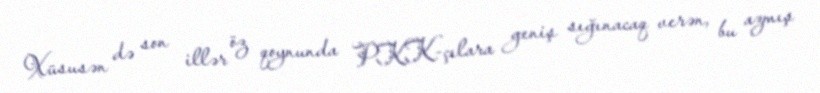
Xüsusən də son illər öz qoynunda PKK-çılara geniş sığınacaq verən, bu azmış